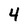
Character: 4